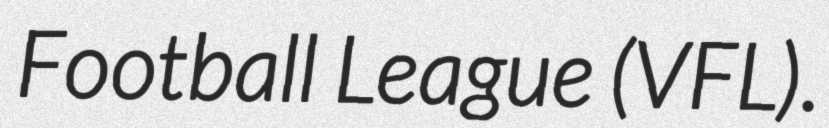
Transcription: Football League (VFL).